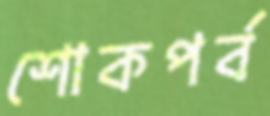
শোকপর্ব